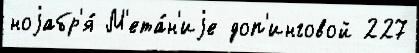
ноjабр'я́ М'ета́н'иjе доп'инговой 227